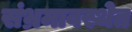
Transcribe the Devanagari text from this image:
संभ्रमावस्थेत